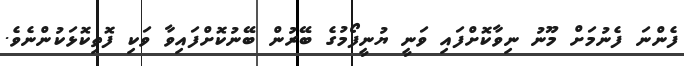
ފެންނަ ފެނުމަށް މޫނު ނިވާކޮށްފައި ވަނީ ޔުނީފޯމުގެ ބޭރުން ބޭނުކޮށްފައިވާ ވަކި ފޮތިކޮޅަކުންނެވެ.